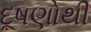
દૂષણોથી